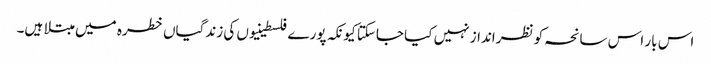
اس بار اس سانحہ کو نظرانداز نہیں کیا جاسکتا کیونکہ پورے فلسطینیوں کی زندگیاں خطرہ میں مبتلا ہیں۔